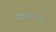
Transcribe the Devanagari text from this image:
रंगमंच्यावर